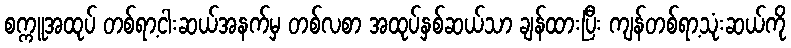
စက္ကူအထုပ် တစ်ရာ့ငါးဆယ်အနက်မှ တစ်လစာ အထုပ်နှစ်ဆယ်သာ ချန်ထားပြီး ကျန်တစ်ရာ့သုံးဆယ်ကို